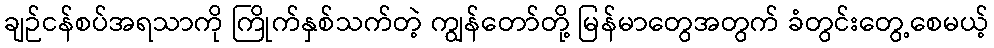
ချဉ်ငန်စပ်အရသာကို ကြိုက်နှစ်သက်တဲ့ ကျွန်တော်တို့ မြန်မာတွေအတွက် ခံတွင်းတွေ့စေမယ့်